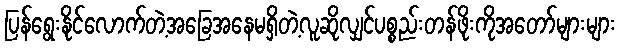
ပြန်ရွေးနိုင်လောက်တဲ့အခြေအနေမရှိတဲ့လူဆိုလျှင်ပစ္စည်းတန်ဖိုးကိုအတော်များများ